Lunatic asylums in Bengal annual reports 1899-1911 - 1899-1911
Year: 1899
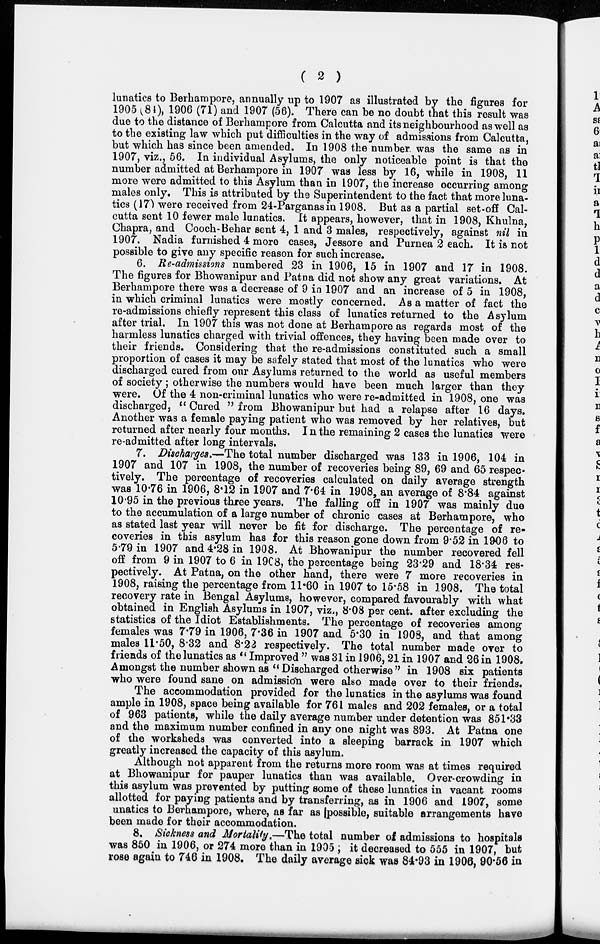
( 2 )
lunatics to Berhampore, annually up to 1907 as illustrated by the figures for
1905 (84), 1906 (71) and 1907 (56). There can be no doubt that this result was
due to the distance of Berhampore from Calcutta and its neighbourhood as well as
to the existing law which put difficulties in the way of admissions from Calcutta,
but which has since been amended. In 1908 the number was the same as in
1907, viz., 56. In individual Asylums, the only noticeable point is that the
number admitted at Berhampore in 1907 was less by 16, while in 1908, 11
more were admitted to this Asylum than in 1907, the increase occurring among
males only. This is attributed by the Superintendent to the fact that more luna-
tics (17) were received from 24-Parganas in 1908. But as a partial set-off Cal-
cutta sent 10 fewer male lunatics. It appears, however, that in 1908, Khulna,
Chapra, and Cooch-Behar sent 4, 1 and 3 males, respectively, against nil in
1907. Nadia furnished 4 more cases, Jessore and Purnea 2 each. It is not
possible to give any specific reason for such increase.
6. Re-admissions numbered 23 in 1906, 15 in 1907 and 17 in 1908.
The figures for Bhowanipur and Patna did not show any great variations. At
Berhampore there was a decrease of 9 in 1907 and an increase of 5 in 1908,
in which criminal lunatics were mostly concerned. As a matter of fact the
re-admissions chiefly represent this class of lunatics returned to the Asylum
after trial. In 1907 this was not done at Berhampore as regards most of the
harmless lunatics charged with trivial offences, they having been made over to
their friends. Considering that the re-admissions constituted such a small
proportion of cases it may be safely stated that most of the lunatics who were
discharged cured from our Asylums returned to the world as useful members
of society; otherwise the numbers would have been much larger than they
were. Of the 4 non-criminal lunatics who were re-admitted in 1908, one was
discharged, " Cured " from Bhowanipur but had a relapse after 16 days.
Another was a female paying patient who was removed by her relatives, but
returned after nearly four months. In the remaining 2 cases the lunatics were
re-admitted after long intervals.
7. Discharges.—The total number discharged was 133 in 1906, 104 in
1907 and 107 in 1908, the number of recoveries being 89, 69 and 65 respec-
tively. The percentage of recoveries calculated on daily average strength
was 10.76 in 1906, 8.12 in 1907 and 7.64 in 1908, an average of 8.84 against
10.95 in the previous three years. The falling off in 1907 was mainly due
to the accumulation of a large number of chronic cases at Berhampore, who
as stated last year will never be fit for discharge. The percentage of re-
coveries in this asylum has for this reason gone down from 9.52 in 1906 to
5.79 in 1907 and 4.28 in 1908. At Bhowanipur the number recovered fell
off from 9 in 1907 to 6 in 19C8, the percentage being 23.29 and 18.34 res-
pectively. At Patna, on the other hand, there were 7 more recoveries in
1908, raising the percentage from 11.60 in 1907 to 15.58 in 1908. The total
recovery rate in Bengal Asylums, however, compared favourably with what
obtained in English Asylums in 1907, viz., 8.08 per cent. after excluding the
statistics of the Idiot Establishments. The percentage of recoveries among
females was 7.79 in 1906, 7.36 in 1907 and 5.30 in 1908, and that among
males 11.50, 8.32 and 8.22 respectively. The total number made over to
friends of the lunatics as " Improved " was 31 in 1906, 21 in 1907 and 26 in 1908.
Amongst the number shown as "Discharged otherwise" in 1908 six patients
who were found sane on admission were also made over to their friends.
The accommodation provided for the lunatics in the asylums was found
ample in 1908, space being available for 761 males and 202 females, or a total
of 963 patients, while the daily average number under detention was 851.33
and the maximum number confined in any one night was 893. At Patna one
of the worksheds was converted into a sleeping barrack in 1907 which
greatly increased the capacity of this asylum.
Although not apparent from the returns more room was at times required
at Bhowanipur for pauper lunatics than was available. Over-crowding in
this asylum was prevented by putting some of these lunatics in vacant rooms
allotted for paying patients and by transferring, as in 1906 and 1907, some
unatics to Berhampore, where, as far as possible, suitable arrangements have
been made for their accommodation.
8. Sickness and Mortality.—The total number of admissions to hospitals
was 850 in 1906, or 274 more than in 1905 ; it decreased to 555 in 1907, but
rose again to 746 in 1908. The daily average sick was 84.93 in 1906, 90.56 in